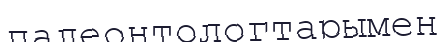
палеонтологтарымен